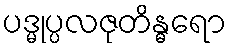
ပဒ္မုပ္ပလဇုတိန္ဓရော